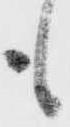
も